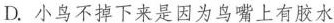
D.小鸟不掉下来是因为鸟嘴上有胶水